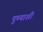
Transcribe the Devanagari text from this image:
पुण्याशी